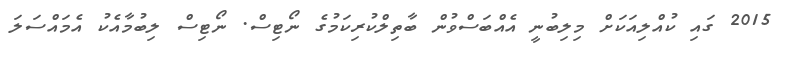
2015 ގައި ކުއްލިއަކަށް މިލިބުނީ އެއްބަސްވުން ބާތިލްކުރިކަމުގެ ނޯޓިސް. ނޯޓިސް ލިބުމާއެކު އެމަައްސަލަ